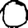
Digit: 0